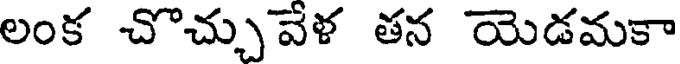
లంక చొచ్చువేళ తన యెడమకా